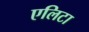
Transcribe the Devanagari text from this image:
एलिटा